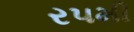
ર૫મી